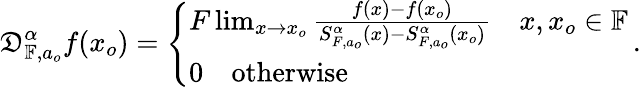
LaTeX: \mathfrak{D}_{\mathbb{{F}},a_{o}}^{\alpha}f(x_{o})=\left\{ \begin{array}{ll}{F\operatorname*{lim}_{x\rightarrow x_{o}}\frac{f(x)-f(x_{o})}{S_{F,a_{o}}^{\alpha}(x)-S_{F,a_{o}}^{\alpha}(x_{o})}~~~~x,x_{o}\in\mathbb{F}}\\ {0~~~~\textrm{otherwise}}\end{array}\right.\, .